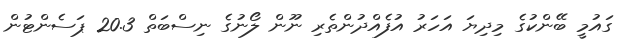
ގައުމީ ބޭންކުގެ މިދިޔަ އަހަރު އުފެއްދުންތެރި ނޫން ލޯނުގެ ނިސްބަތް 20.3 ޕަސެންޓުން